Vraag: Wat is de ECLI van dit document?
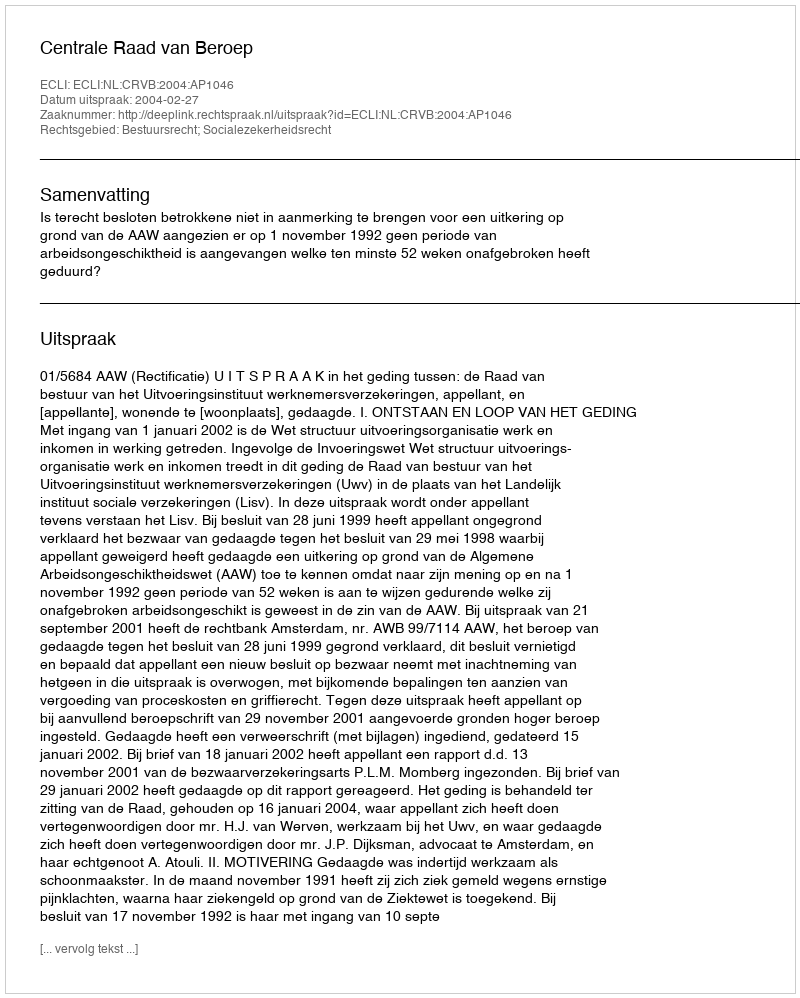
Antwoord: ECLI:NL:CRVB:2004:AP1046